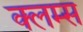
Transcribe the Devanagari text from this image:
क्लम्स